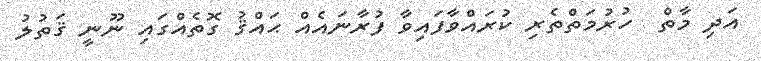
އަދި މާތް  ހުރުމަތްތެރި ކުރައްވާފައިވާ ފުރާނައެއް ޙައްޤު ގޮތެއްގައި ނޫނީ ޤަތުލު